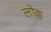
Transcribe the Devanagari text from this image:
लोक्क